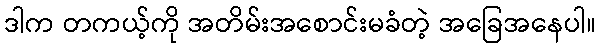
ဒါက တကယ့်ကို အတိမ်းအစောင်းမခံတဲ့ အခြေအနေပါ။